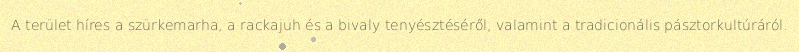
A terület híres a szürkemarha, a rackajuh és a bivaly tenyésztéséről, valamint a tradicionális pásztorkultúráról.